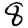
Digit: 8